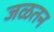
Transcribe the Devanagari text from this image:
जळतन